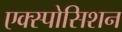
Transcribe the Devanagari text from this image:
एक्स्पोसिशन